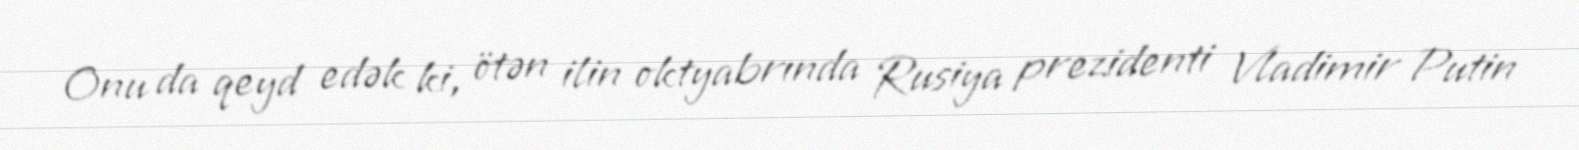
Onu da qeyd edək ki, ötən ilin oktyabrında Rusiya prezidenti Vladimir Putin